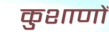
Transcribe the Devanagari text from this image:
कुशाणों